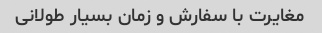
مغایرت با سفارش و زمان بسیار طولانی